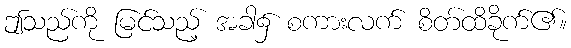
ဤသည်ကို မြင်သည့် အခါ၌ စကားလက် စိတ်ထိခိုက်၏။